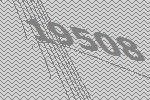
19508